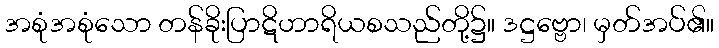
အစုံအစုံသော တန်ခိုးပြာဋိဟာရိယစသည်တို့၌။ ဒဋ္ဌဗ္ဗော၊ မှတ်အပ်၏။